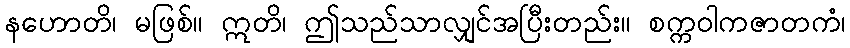
နဟောတိ၊ မဖြစ်။ ဣတိ၊ ဤသည်သာလျှင်အပြီးတည်း။ စက္ကဝါကဇာတကံ၊